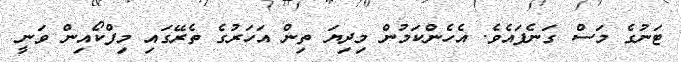
ޓަނުގެ މަސް ގަނެފައެވެ. އެހެންކަމުން މިދިޔަ ތިން އަހަރުގެ ތެރޭގައި މިފްކޯއިން ވަނީ